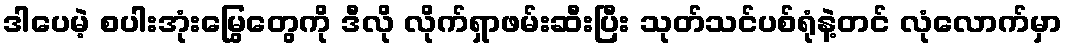
ဒါပေမဲ့ စပါးအုံးမြွေတွေကို ဒီလို လိုက်ရှာဖမ်းဆီးပြီး သုတ်သင်ပစ်ရုံနဲ့တင် လုံလောက်မှာ